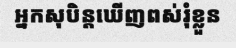
អ្នកសុបិន្តឃើញពស់រុំខ្លួន